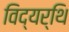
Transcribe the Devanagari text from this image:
विद्यर्थि